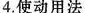
4.使动用法